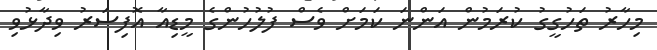
މިހާރު ތަހުގީގު ކުރަމުން އަންނަ ކަމަށް ވެސް ފުލުހުންގެ މީޑިއާ އޮފިސަރު ވިދާޅުވި